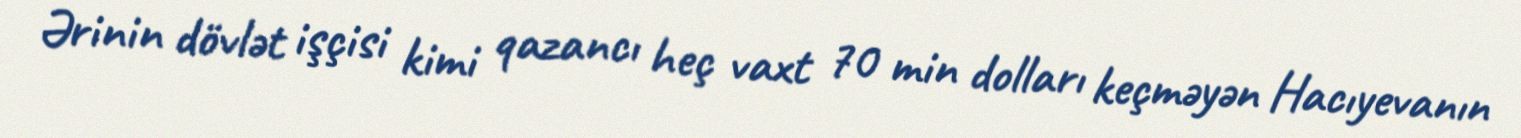
Ərinin dövlət işçisi kimi qazancı heç vaxt 70 min dolları keçməyən Hacıyevanın